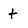
Character: t